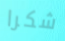
شكرا